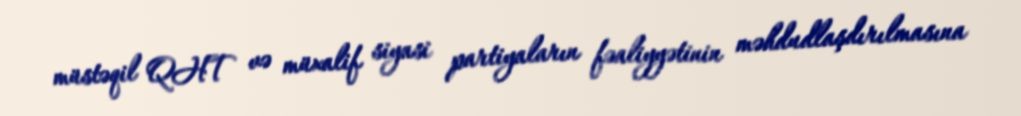
müstəqil QHT və müxalif siyasi partiyaların fəaliyyətinin məhdudlaşdırılmasına